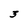
Character: 3